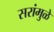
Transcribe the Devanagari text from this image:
सरांमुळे